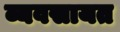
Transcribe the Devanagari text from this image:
व्यवसायत